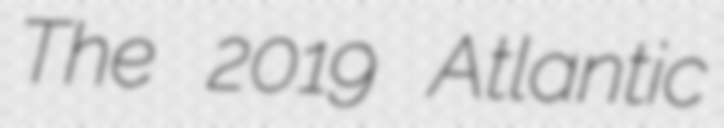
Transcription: The 2019 Atlantic